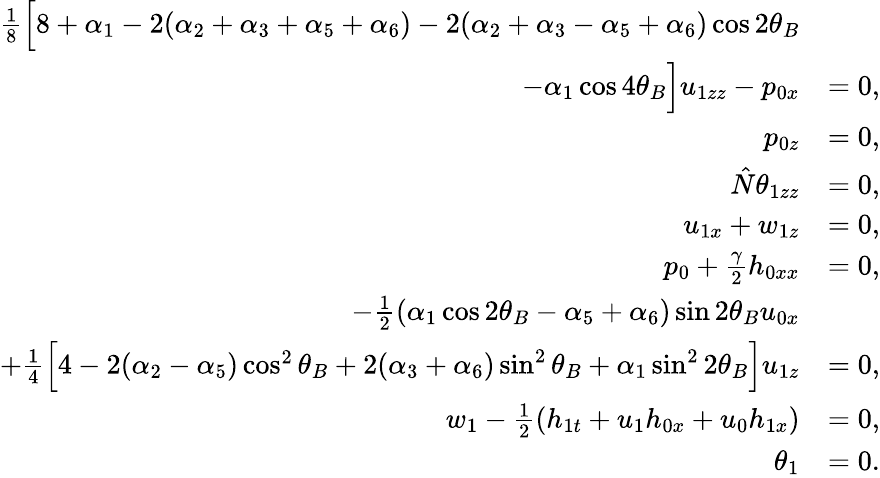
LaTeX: \begin{array}{rl}{\frac{1}{8}\Big[8+\alpha_{1}-2(\alpha_{2}+\alpha_{3}+\alpha_{5}+\alpha_{6})-2(\alpha_{2}+\alpha_{3}-\alpha_{5}+\alpha_{6})\cos{2\theta_{B}}}\\ {-\alpha_{1}\cos{4\theta_{B}}\Big]u_{1zz}-p_{0x}}&{=0,}\\ {p_{0z}}&{=0,}\\ {\hat{N}\theta_{1zz}}&{=0,}\\ {u_{1x}+w_{1z}}&{=0,}\\ {p_{0}+\frac{\gamma}{2}h_{0xx}}&{=0,}\\ {-\frac{1}{2}(\alpha_{1}\cos{2\theta_{B}}-\alpha_{5}+\alpha_{6})\sin{2\theta_{B}}u_{0x}}\\ {+\frac{1}{4}\Big[4-2(\alpha_{2}-\alpha_{5})\cos^{2}{\theta_{B}}+2(\alpha_{3}+\alpha_{6})\sin^{2}{\theta_{B}}+\alpha_{1}\sin^{2}{2\theta_{B}}\Big]u_{1z}}&{=0,}\\ {w_{1}-\frac{1}{2}(h_{1t}+u_{1}h_{0x}+u_{0}h_{1x})}&{=0,}\\ {\theta_{1}}&{=0.}\end{array}